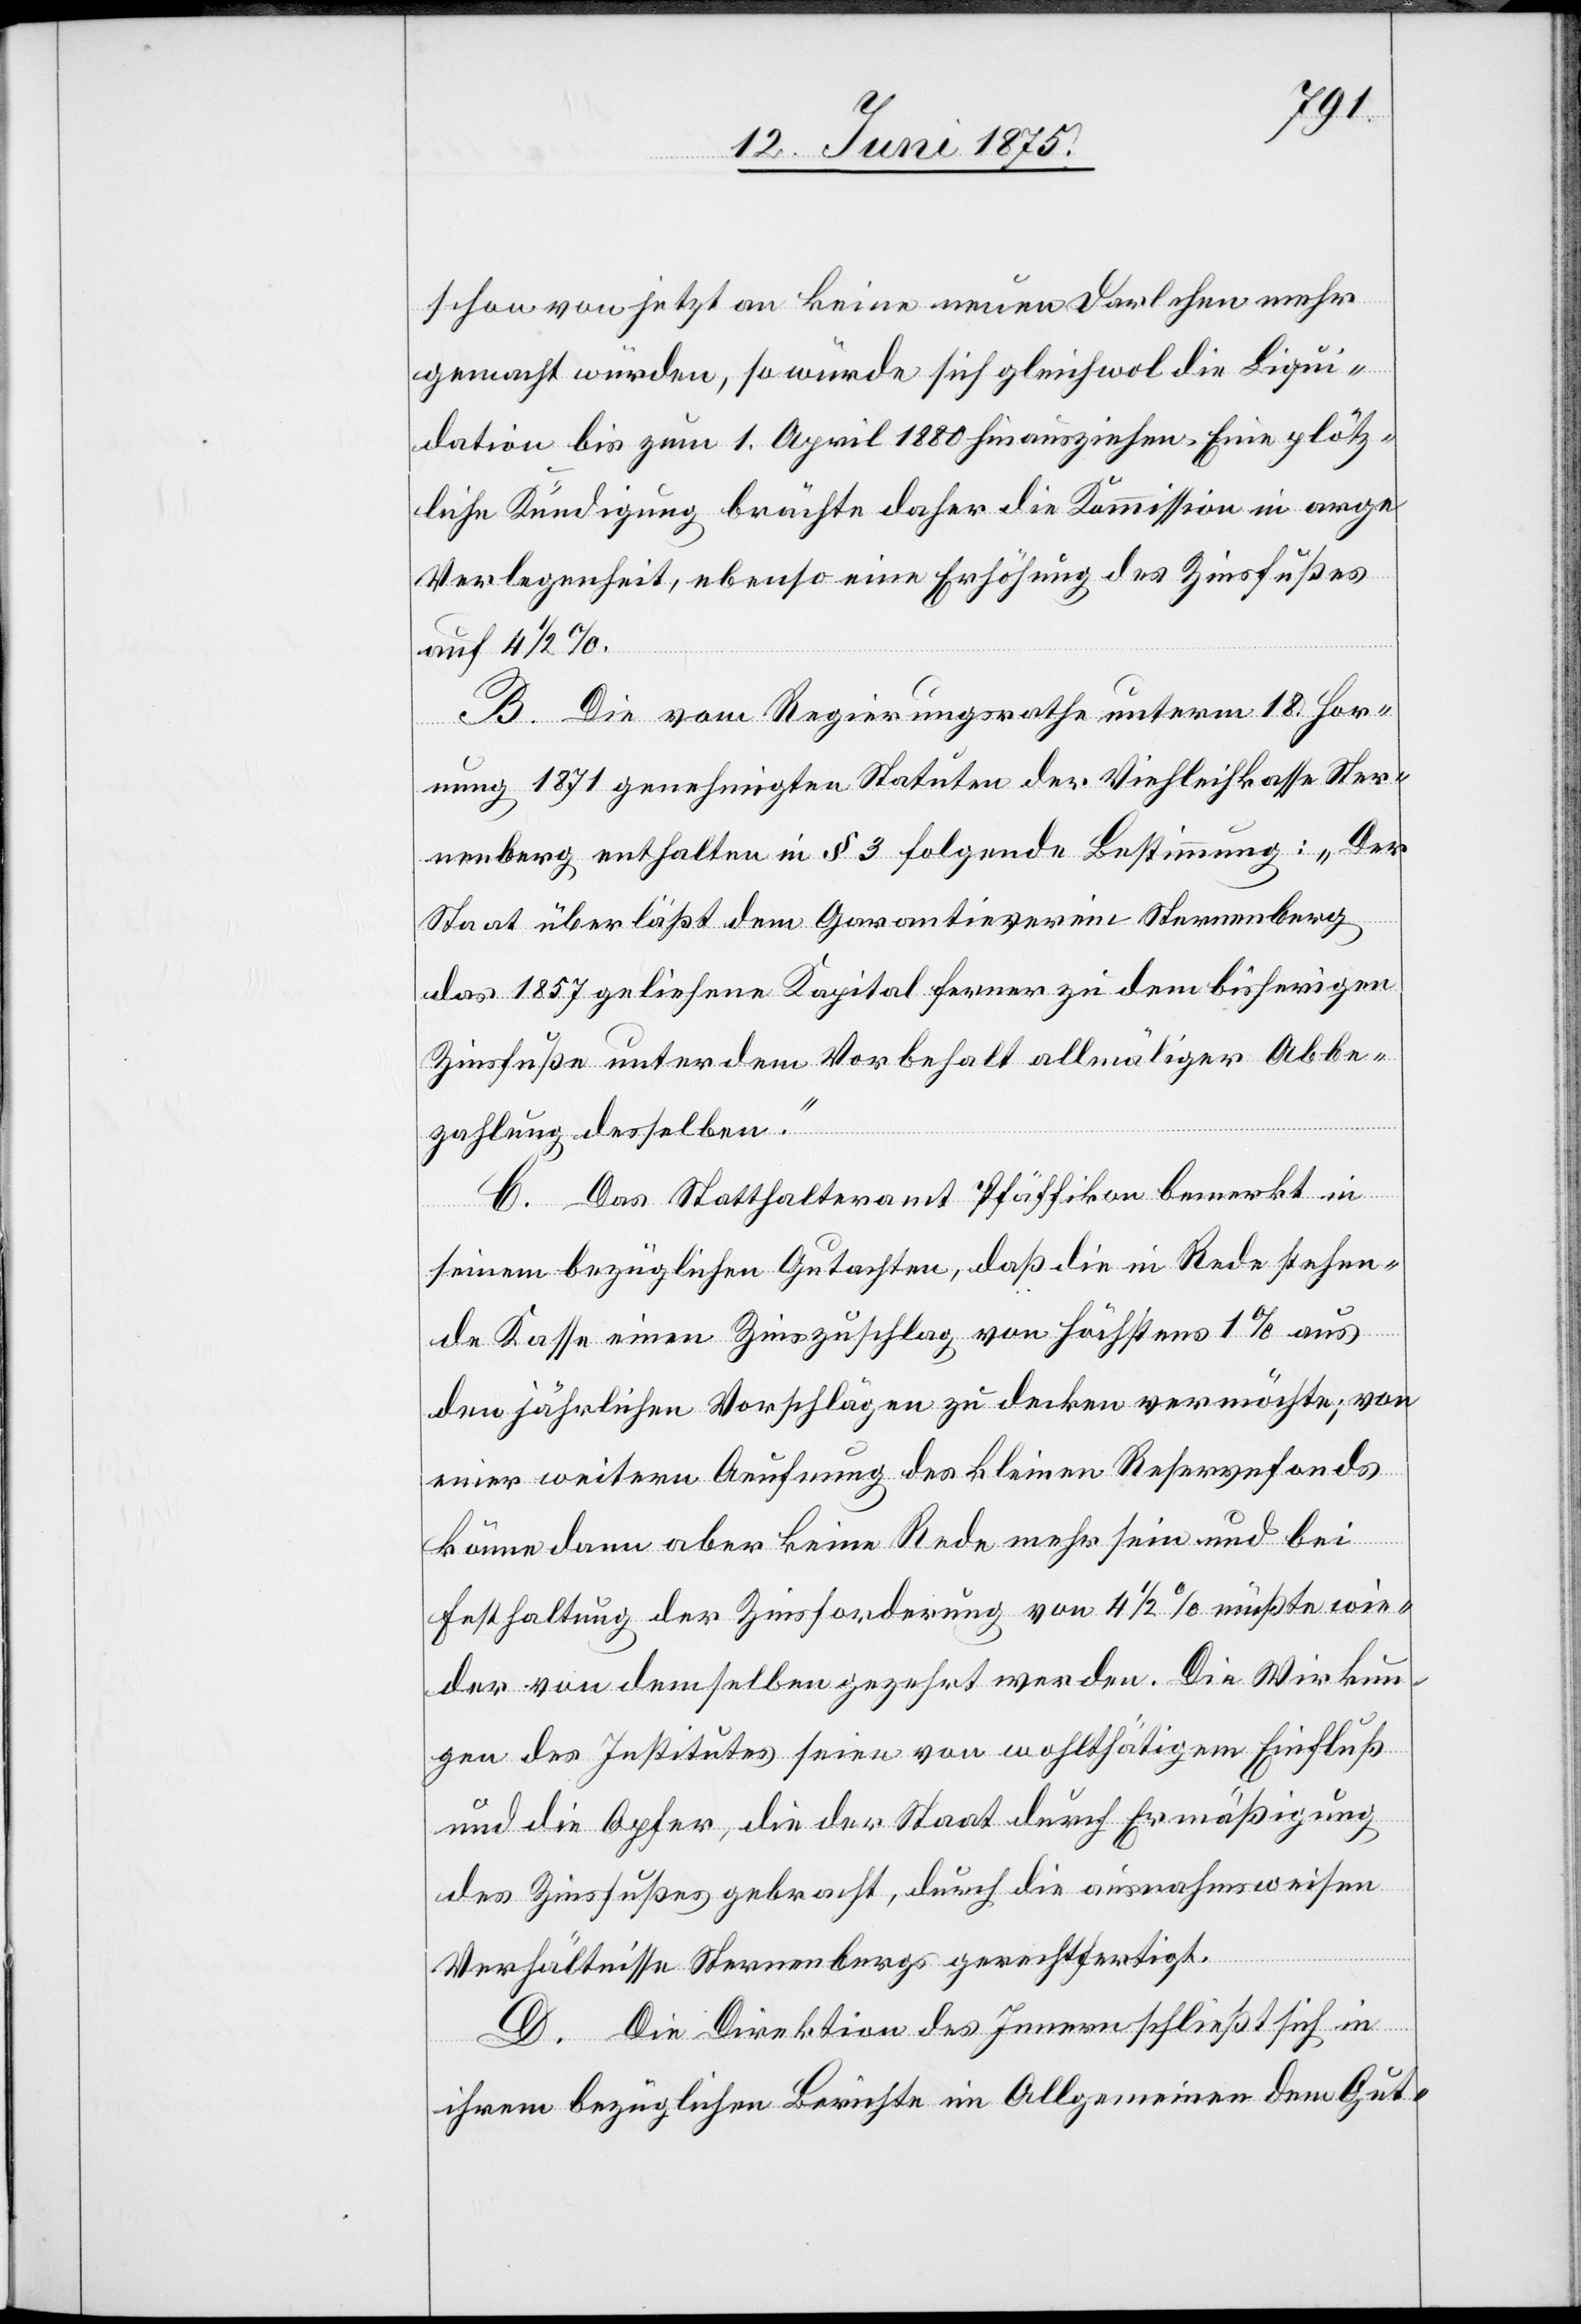
schon von jetzt an keine neuen Darlehen mehr
gemacht würden, so würde sich gleichwol die Liqui¬
dation bis zum 1. April 1880 hinziehen. Eine plötz¬
liche Kündigung brächte daher die Kommission in arge
Verlegenheit, ebenso eine Erhöhung des Zinsfußes
auf 4 1/2%.
B. Die vom Regierungsrathe unterm 18. Hor¬
nung 1871 genehmigten Statuten der Viehleihkasse Ster¬
nenberg, enthalten in § 3 folgende Bestimmung: „ Der
Staat überläßt dem Garantieverein Sternenberg
das 1857 geliehene Kapital ferner zu dem bisherigen
Zinsfuße unter dem Vorbehalt allmäliger Abbe¬
zahlung desselben.“
C. Das Statthalteramt Pfäffikon bemerkt in
seinem bezüglichen Gutachten, daß die in Rede stehen¬
de Kasse einen Zinszuschlag von höchstens 1% aus
den jährlichen Vorschlägen zu decken vermöchte; von
einer weitern Aeufnung des kleinen Reservefonds
könne dann aber keine Rede mehr sein und bei
Festhaltung der Zinsforderung von 4 1/2 müßte wie¬
der von demselben gezehrt werden. Die Wirkun¬
gen des Institutes seien von wohlthätigem Einfluß
und die Opfer, die der Staat durch Ermäßigung
des Zinsfußes gebracht, durch die ausnahmsweisen
Verhältnisse Sternenbergs gerechtfertigt.
D. Die Direktion des Innern schließt sich in
ihrem bezüglichen Berichte im Allgemeinen dem Gut-